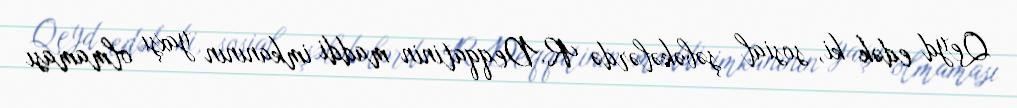
Qeyd edək ki, sosial şəbəkələrdə R.Deqqatinin maddi imkanının yaxşı olmaması